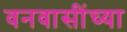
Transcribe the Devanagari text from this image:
वनवासींच्या